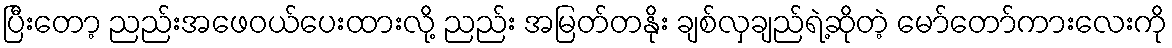
ပြီးတော့ ညည်းအဖေဝယ်ပေးထားလို့ ညည်း အမြတ်တနိုး ချစ်လှချည်ရဲ့ဆိုတဲ့ မော်တော်ကားလေးကို